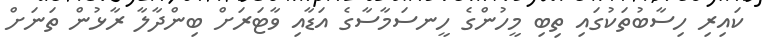
ކައިރި ހިސާބުތަކުގައި ތިބި މީހުންގެ ހީނސަމާސާގެ އަޑާއި ވާޓަރަށް ބިންދާލާ ރާޅުން ތަނަށް